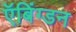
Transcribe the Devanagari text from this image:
ऍबिंग्डन